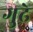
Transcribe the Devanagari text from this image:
गुढे